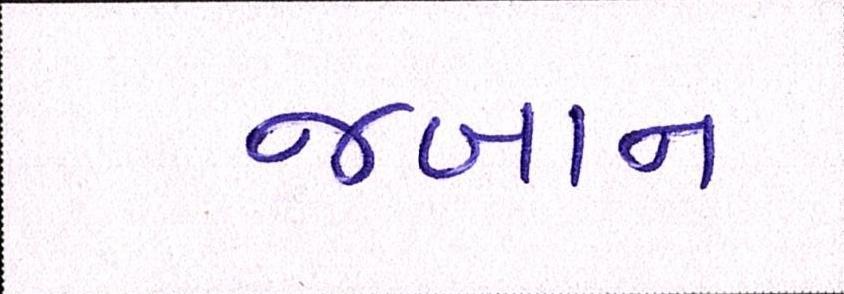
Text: જબાન